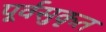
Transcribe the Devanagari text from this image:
पूर्वसुकृत